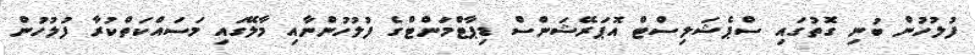
ފުލުހުން ބުނި ގޮތުގައި ސްޕެޝަލިސްޓް އޮޕަރޭޝަންސް ޑިޕާޓްމަންޓްގެ ފުލުހުންނާއި މާލޭގައި މަސައްކަތްކުރާ ފުލުހުން